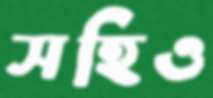
সহিও